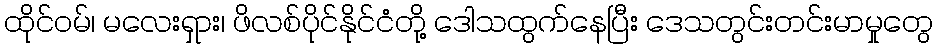
ထိုင်ဝမ်၊ မလေးရှား၊ ဖိလစ်ပိုင်နိုင်ငံတို့ ဒေါသထွက်နေပြီး ဒေသတွင်းတင်းမာမှုတွေ